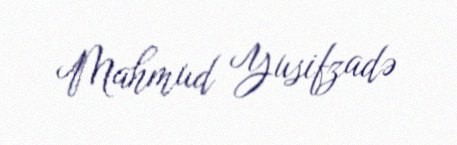
Mahmud Yusifzadə